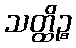
သတ္ထိဉ္စ